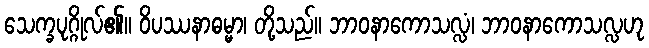
သေက္ခပုဂ္ဂိုလ်၏။ ဝိပဿနာဓမ္မာ၊ တို့သည်။ ဘာဝနာကောသလ္လံ၊ ဘာဝနာကောသလ္လဟု